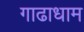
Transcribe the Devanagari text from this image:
गाढाधाम